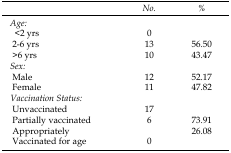
<table><thead><tr><td></td><td><b><i>No.</i></b></td><td><b><i>%</i></b></td></tr></thead><tbody><tr><td><i>Age:</i></td><td></td><td></td></tr><tr><td> &lt;2 yrs</td><td>0</td><td></td></tr><tr><td> 2-6 yrs</td><td>13</td><td>56.50</td></tr><tr><td> &gt;6 yrs</td><td>10</td><td>43.47</td></tr><tr><td><i>Sex:</i></td><td></td><td></td></tr><tr><td> Male</td><td>12</td><td>52.17</td></tr><tr><td> Female</td><td>11</td><td>47.82</td></tr><tr><td> <i>Vaccination Status:</i></td><td></td><td></td></tr><tr><td> Unvaccinated</td><td>17</td><td></td></tr><tr><td> Partially vaccinated</td><td>6</td><td>73.91</td></tr><tr><td> Appropriately</td><td></td><td>26.08</td></tr><tr><td> Vaccinated for age</td><td>0</td><td></td></tr></tbody></table>